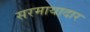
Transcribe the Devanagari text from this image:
सरमायादार